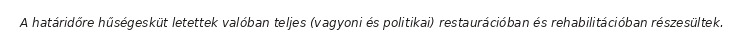
A határidőre hűségesküt letettek valóban teljes (vagyoni és politikai) restaurációban és rehabilitációban részesültek.